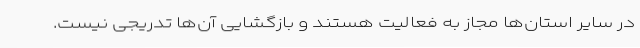
در سایر استان‌ها مجاز به فعالیت هستند و بازگشایی آن‌ها تدریجی نیست.